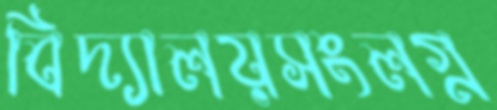
বিদ্যালয়সংলগ্ন